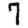
Digit: 7